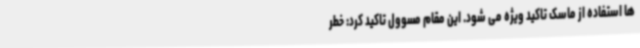
ها استفاده از ماسک تاکید ویژه می شود. این مقام مسوول تاکید کرد: خطر